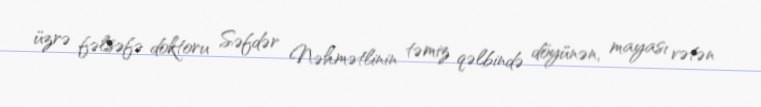
üzrə fəlsəfə doktoru Səfdər Nəhmətlinin təmiz qəlbində döyünən, mayası vətən